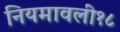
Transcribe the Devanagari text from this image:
नियमावली१८